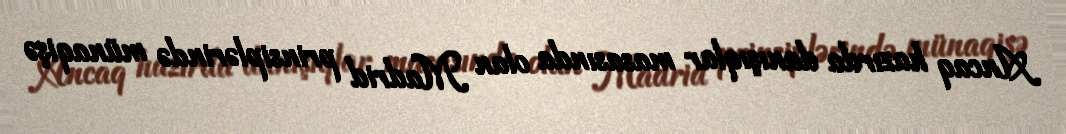
Ancaq hazırda danışıqlar masasında olan Madrid prinsiplərində münaqişə